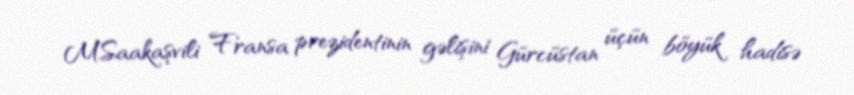
M.Saakaşvili Fransa prezidentinin gəlişini Gürcüstan üçün böyük hadisə